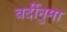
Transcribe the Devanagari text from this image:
वर्दीनुमा